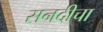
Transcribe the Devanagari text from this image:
सनदीचा